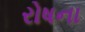
રોષના